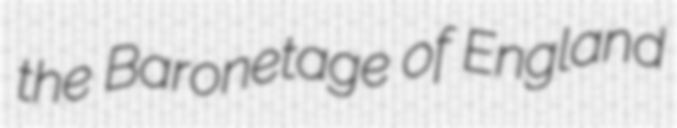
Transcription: the Baronetage of England